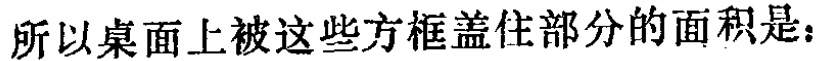
所以桌面上被这些方框盖住部分的面积是：